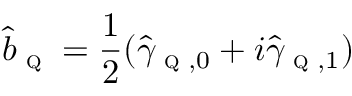
\hat { b } _ { \textsc { q } } = \frac { 1 } { 2 } ( \hat { \gamma } _ { \textsc { q } , 0 } + i \hat { \gamma } _ { \textsc { q } , 1 } )